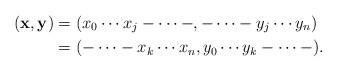
LaTeX: \begin{align*}(\mathbf{x},\mathbf{y}) & = (x_0\cdots x_j-\cdots -,-\cdots - y_j\cdots y_n) \\ & = (-\cdots - x_k\cdots x_n,y_0\cdots y_k-\cdots - ).\end{align*}